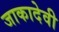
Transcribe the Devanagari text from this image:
जाकादेवी